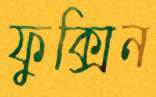
ফুক্সিন